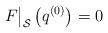
LaTeX: \begin{align*}{F}\big|_{\mathcal{S}}\left(q^{(0)}\right)=0\end{align*}